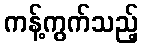
ကန့်ကွက်သည့်